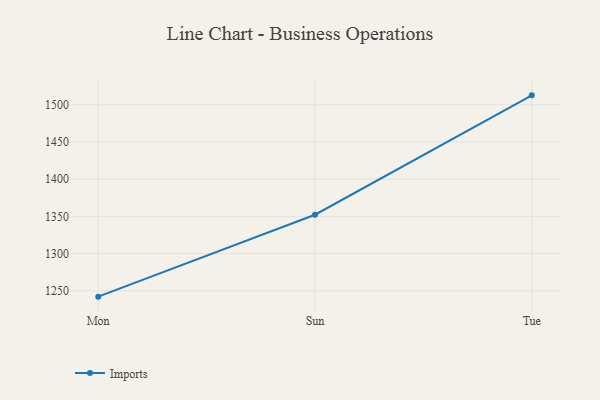
{"axis": {"x": "Day", "y": "Churn Rate (%)"}, "legend": ["Imports"], "data": [{"x": "Mon", "y": 1242.1, "type": "Imports"}, {"x": "Sun", "y": 1352.2, "type": "Imports"}, {"x": "Tue", "y": 1512.6, "type": "Imports"}]}